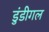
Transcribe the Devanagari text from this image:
डुंडीगल